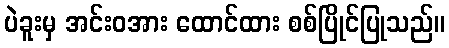
ပဲခူးမှ အင်းဝအား ထောင်ထား စစ်ပြိုင်ပြုသည်။